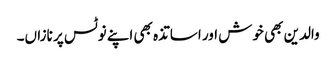
والدین بھی خوش اور اساتذہ بھی اپنے نوٹس پر نازاں۔